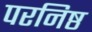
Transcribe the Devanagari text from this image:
परनिष्ठ